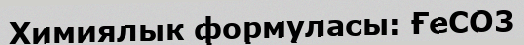
Химиялык формуласы: ҒеСО3